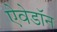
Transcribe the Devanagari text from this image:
ऐवेडॉन